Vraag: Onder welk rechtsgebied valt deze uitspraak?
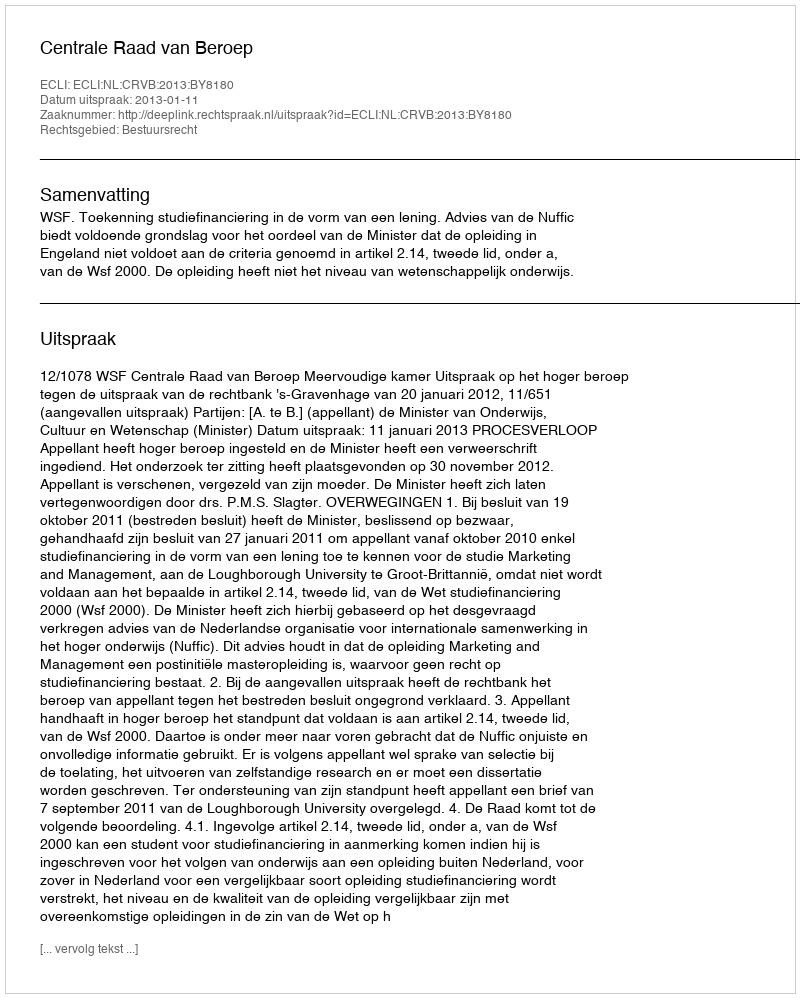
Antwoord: Bestuursrecht